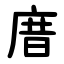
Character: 庴